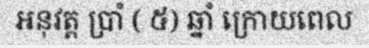
អនុវត្ត ប្រាំ ( ៥) ឆ្នាំ ក្រោយពេល